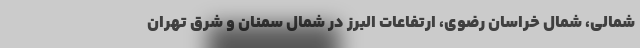
شمالی، شمال خراسان رضوی، ارتفاعات البرز در شمال سمنان و شرق تهران